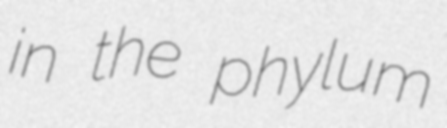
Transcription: in the phylum